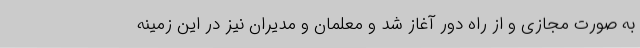
به صورت مجازی و از راه دور آغاز شد و معلمان و مدیران نیز در این زمینه